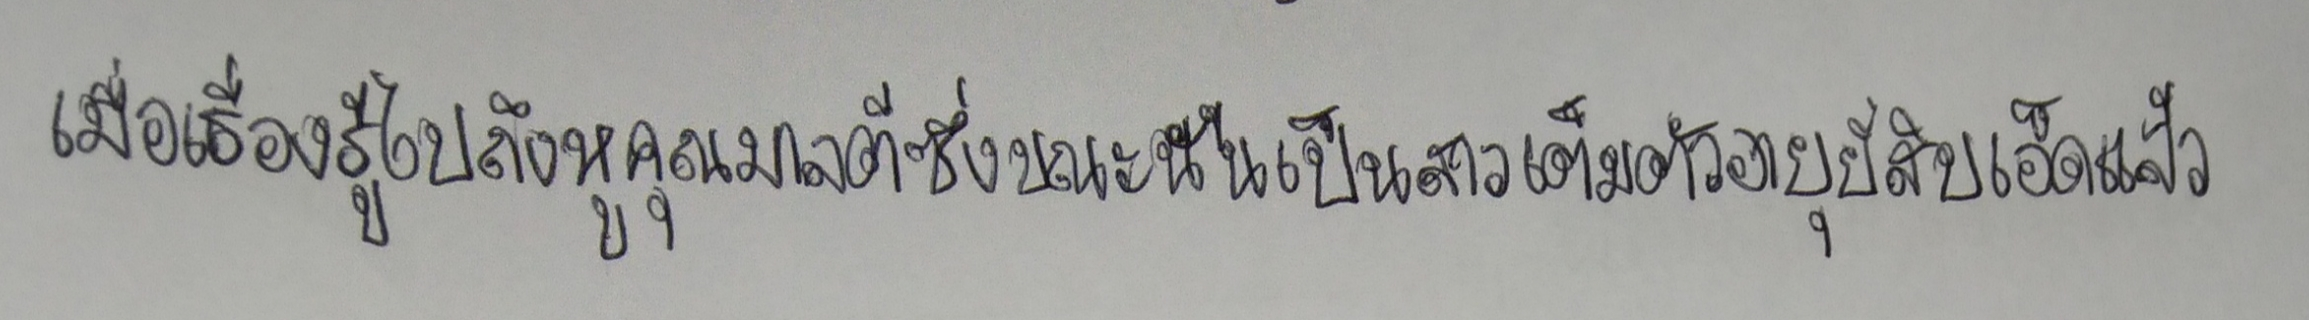
เมื่อเรื่องรู้ไปถึงหูคุณมาลตีซึ่งขณะนั้นเป็นสาวเต็มตัวอายุยี่สิบเอ็ดแล้ว